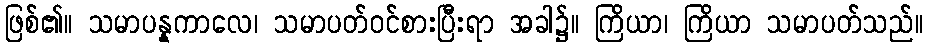
ဖြစ်၏။ သမာပန္နကာလေ၊ သမာပတ်ဝင်စားပြီးရာ အခါ၌။ ကြိယာ၊ ကြိယာ သမာပတ်သည်။